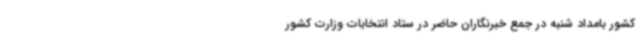
کشور بامداد شنبه در جمع خبرنگاران حاضر در ستاد انتخابات وزارت کشور